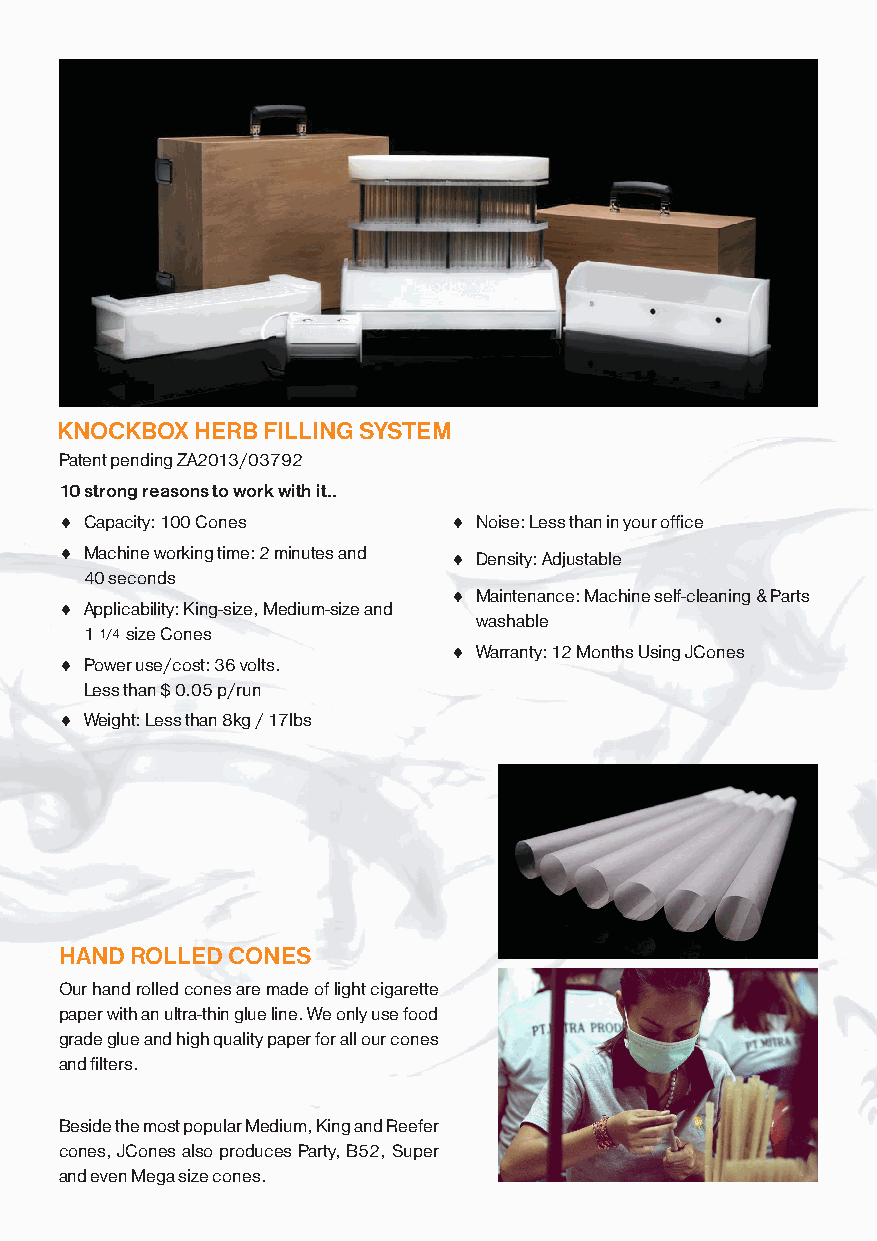
KNOCKBOX HERB FILLING SYSTEM
 Patent pending ZA2013/03792
 10 strong reasons to work with it..
 ♦ Capacity: 100 Cones     ♦ Noise: Less than in your office
 ♦ Machine working time: 2 minutes and ♦ Density: Adjustable
 40 seconds
 ♦ Maintenance: Machine self-cleaning & Parts
 ♦ Applicability: King-size, Medium-size and
 washable
 1 1/4 size Cones
 ♦ Warranty: 12 Months Using JCones
 ♦ Power use/cost: 36 volts.
 Less than $ 0.05 p/run
 ♦ Weight: Less than 8kg / 17lbs
 HAND ROLLED CONES
 Our hand rolled cones are made of light cigarette
 paper with an ultra-thin glue line. We only use food
 grade glue and high quality paper for all our cones
 and filters.
 Beside the most popular Medium, King and Reefer
 cones, JCones also produces Party, B52, Super
 and even Mega size cones.